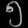
Digit: ၅